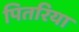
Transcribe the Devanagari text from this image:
पितरिया